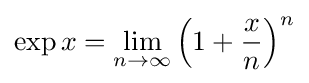
\exp x=\lim _{n\to \infty }\left(1+{\frac {x}{n}}\right)^{n}